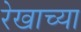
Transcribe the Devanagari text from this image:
रेखाच्या